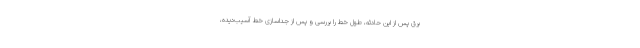
برق پس از این حادثه، طول خط را بررسی و پس از جداسازی خط آسیب‌دیده،